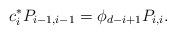
\begin{align*}c^*_i P_{i-1, i-1} = \phi_{d-i+1} P_{i,i}.\end{align*}